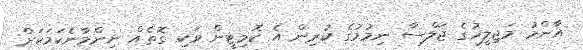
އާންމު މަޖިލީހުގެ ޖަލްސާ ނިމުމުގެ ކުރިން އެ ކޮމިޓީން ވަކި ގޮތެއް ނިންމާނެކަމަކަށް